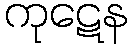
ကုဋေန